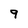
Character: 9